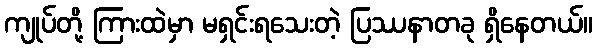
ကျုပ်တို့ ကြားထဲမှာ မရှင်းရသေးတဲ့ ပြဿနာတခု ရှိနေတယ်။